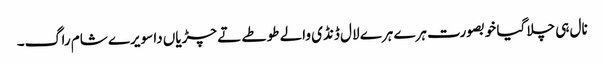
نال ہی چلا گیا خوبصورت ہرے ہرے لال ڈنڈی والے طوطے تے چڑیاں دا سویرے شام راگ۔